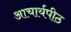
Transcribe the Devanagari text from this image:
अाचार्यपीठ